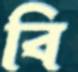
বি